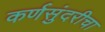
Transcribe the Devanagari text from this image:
कर्णसुंदरीचा